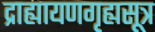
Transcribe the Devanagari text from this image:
द्राह्यायणगृह्यसूत्र